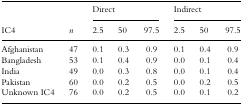
<table><thead><tr><td></td><td></td><td colspan="3"><b>Direct</b></td><td colspan="3"><b>Indirect</b></td></tr><tr><td><b>IC4</b></td><td><b><i>n</i></b></td><td><b>2.5</b></td><td><b>50</b></td><td><b>97.5</b></td><td><b>2.5</b></td><td><b>50</b></td><td><b>97.5</b></td></tr></thead><tbody><tr><td>Afghanistan</td><td>47</td><td>0.1</td><td>0.3</td><td>0.9</td><td>0.1</td><td>0.4</td><td>0.9</td></tr><tr><td>Bangladesh</td><td>53</td><td>0.1</td><td>0.4</td><td>0.9</td><td>0.0</td><td>0.1</td><td>0.4</td></tr><tr><td>India</td><td>49</td><td>0.0</td><td>0.3</td><td>0.8</td><td>0.0</td><td>0.1</td><td>0.4</td></tr><tr><td>Pakistan</td><td>60</td><td>0.0</td><td>0.2</td><td>0.5</td><td>0.0</td><td>0.2</td><td>0.5</td></tr><tr><td>Unknown IC4</td><td>76</td><td>0.0</td><td>0.2</td><td>0.5</td><td>0.0</td><td>0.1</td><td>0.2</td></tr></tbody></table>